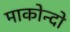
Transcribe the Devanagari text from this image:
माकोन्दो